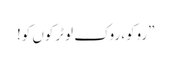
”روکو، روک لو ٹرکوں کو!